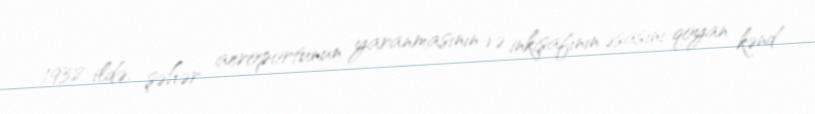
1932 ildə, şəhər aeroportunun yaranmasının və inkişafının əsasını qoyan kənd